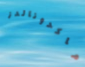
ماكدونالدز